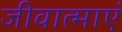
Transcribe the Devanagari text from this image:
जीवात्माएं